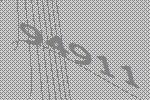
94911